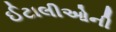
ઈટાલીઓની